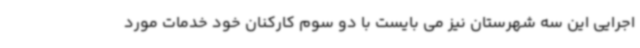
اجرایی این سه شهرستان نیز می بایست با دو سوم کارکنان خود خدمات مورد